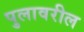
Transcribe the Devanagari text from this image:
पुलावरील